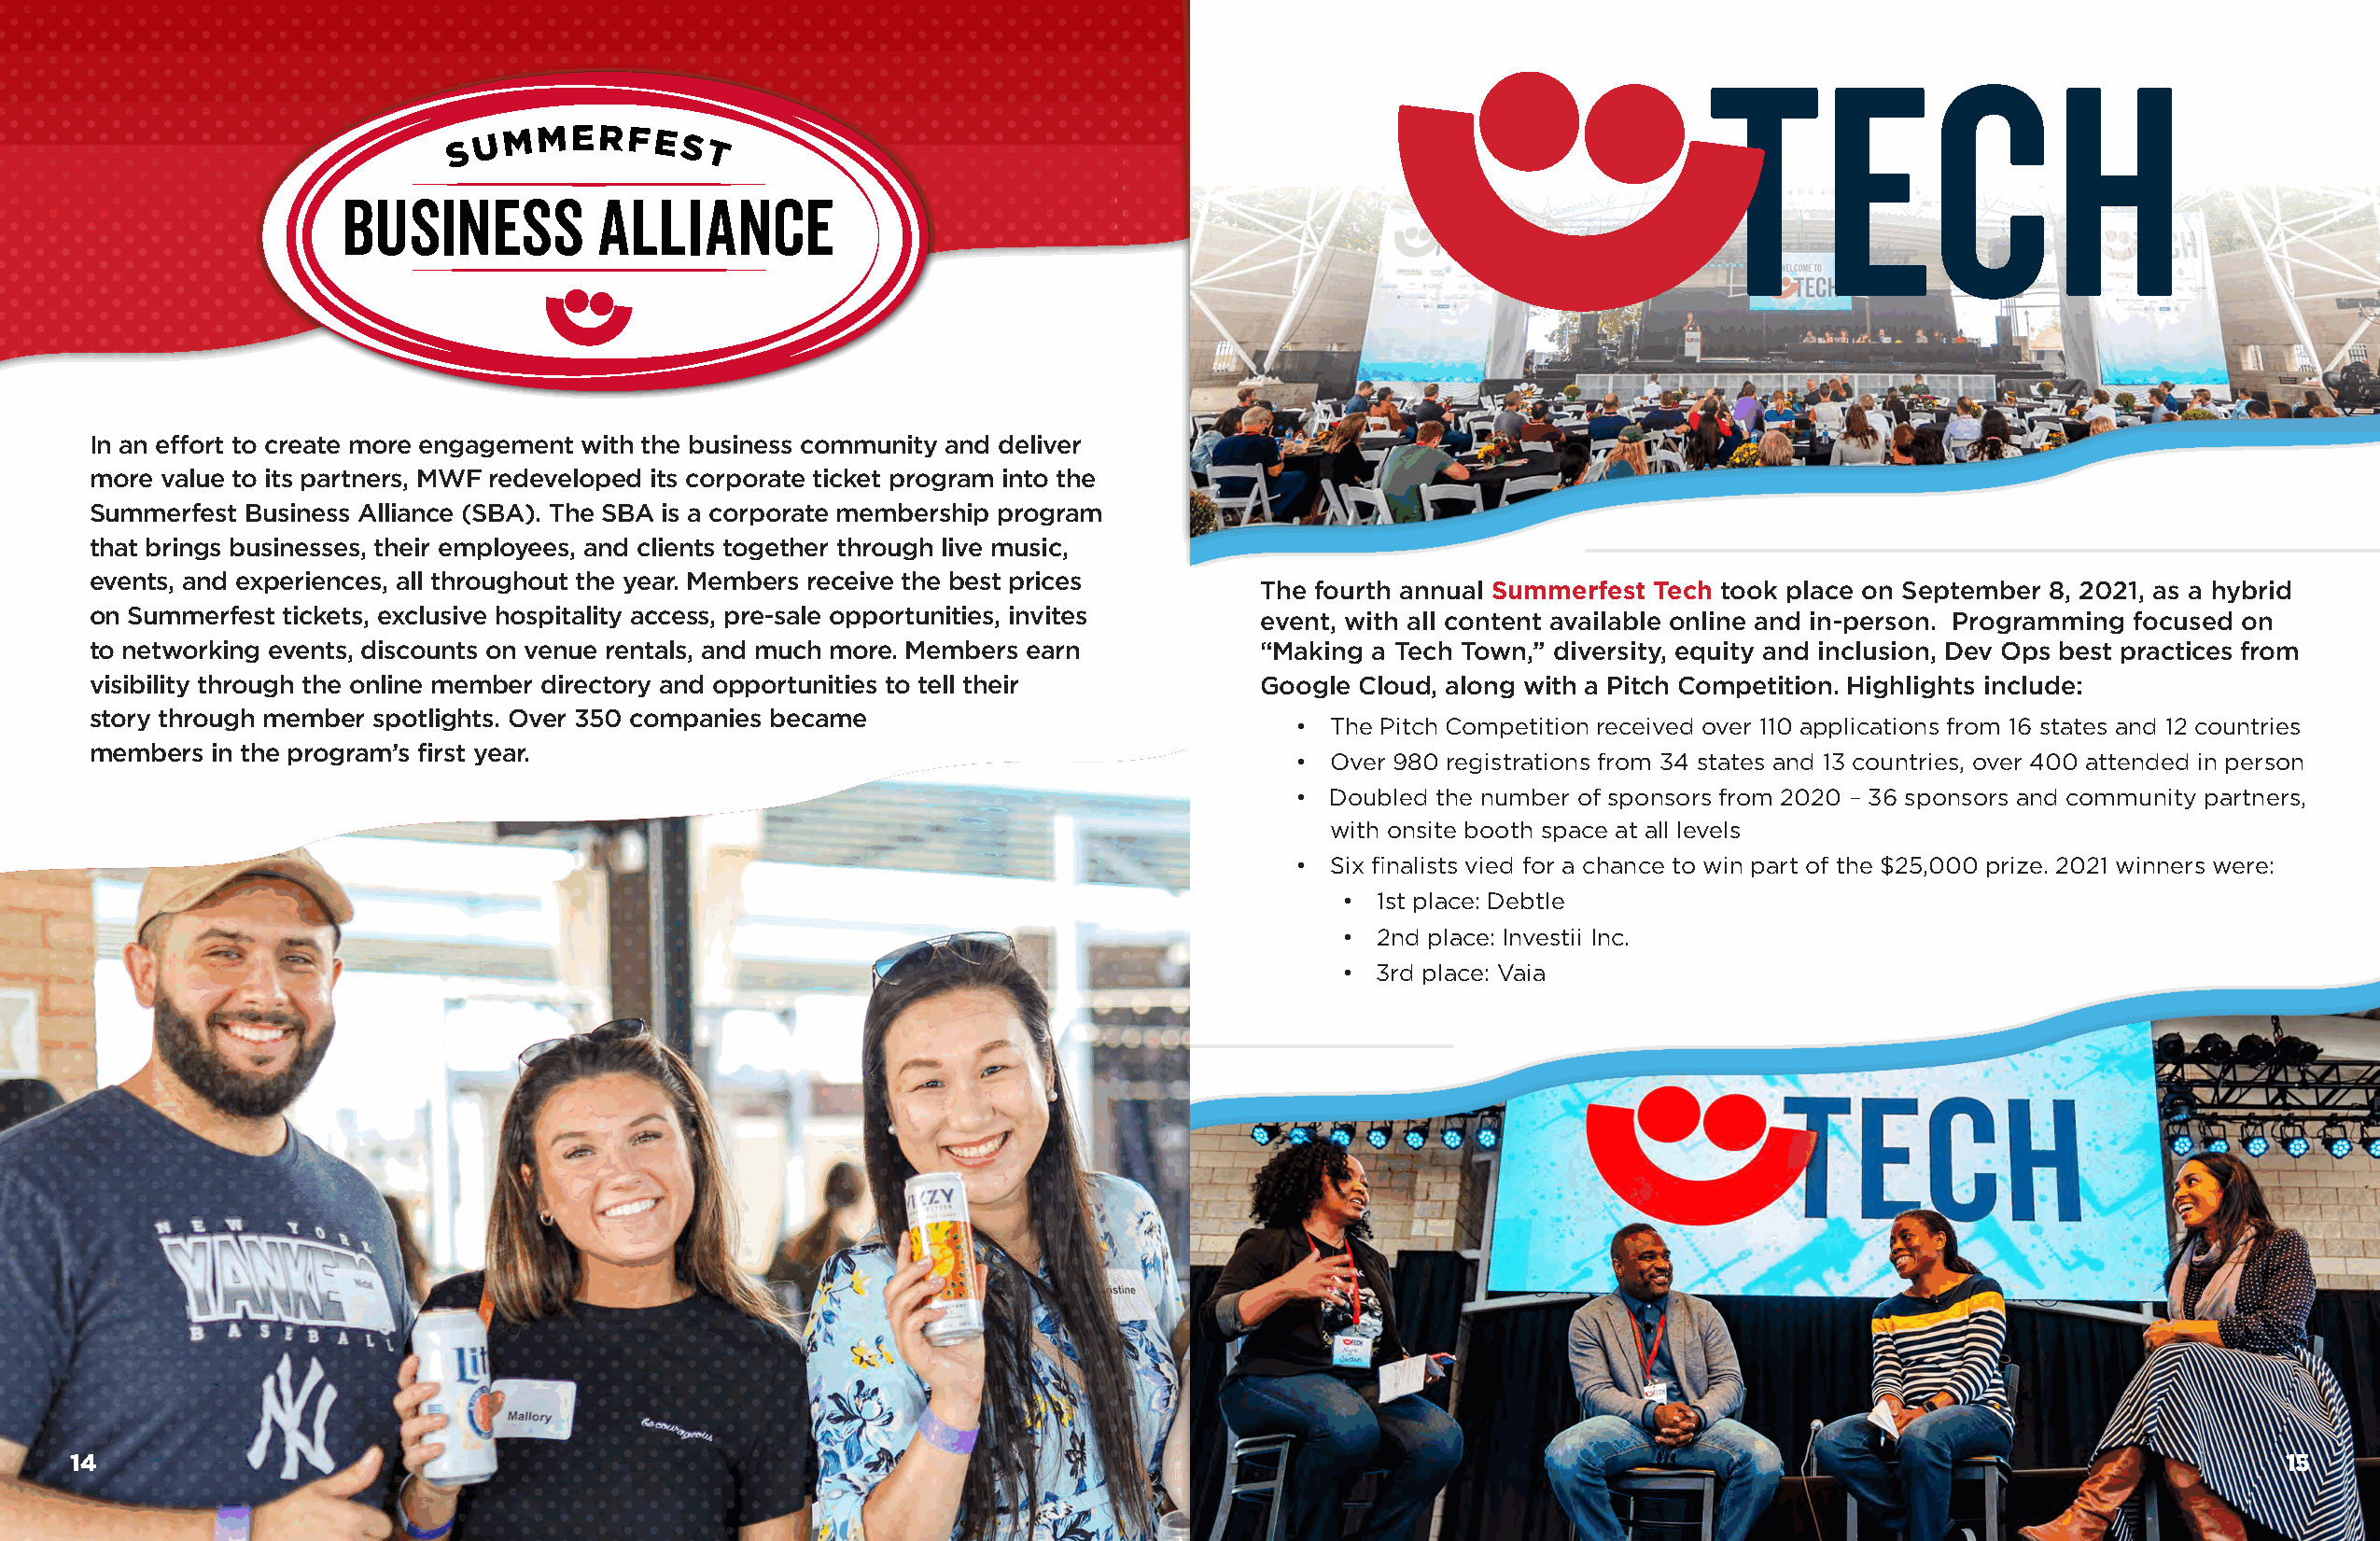
In an effort to create more engagement with the business community and deliver
 more value to its partners, MWF redeveloped its corporate ticket program into the
 Summerfest Business Alliance (SBA). The SBA is a corporate membership program
 that brings businesses, their employees, and clients together through live music,
 events, and experiences, all throughout the year. Members receive the best prices
 The fourth annual Summerfest Tech took place on September 8, 2021, as a hybrid
 on Summerfest tickets, exclusive hospitality access, pre-sale opportunities, invites event, with all content available online and in-person. Programming focused on
 to networking events, discounts on venue rentals, and much more. Members earn      “Making a Tech Town,” diversity, equity and inclusion, Dev Ops best practices from
 visibility through the online member directory and opportunities to tell their     Google Cloud, along with a Pitch Competition. Highlights include:
 story through member spotlights. Over 350 companies became
 • The Pitch Competition received over 110 applications from 16 states and 12 countries
 members  in the program’s first year.
 • Over 980 registrations from 34 states and 13 countries, over 400 attended in person
 • Doubled the number of sponsors from 2020 – 36 sponsors and community partners,
 with onsite booth space at all levels
 • Six finalists vied for a chance to win part of the $25,000 prize. 2021 winners were:
 •  1st place: Debtle
 •  2nd place: Investii Inc.
 •  3rd place: Vaia
 1144                                                                                                                                                         1155